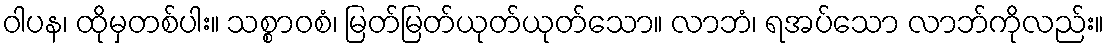
ဝါပန၊ ထိုမှတစ်ပါး။ သစ္စာဝစံ၊ မြတ်မြတ်ယုတ်ယုတ်သော။ လာဘံ၊ ရအပ်သော လာဘ်ကိုလည်း။